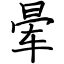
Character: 晕